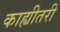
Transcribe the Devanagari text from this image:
काह्यीतरी